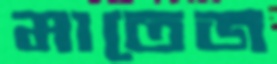
মাতেজ